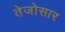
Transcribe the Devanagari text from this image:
तेजोसार